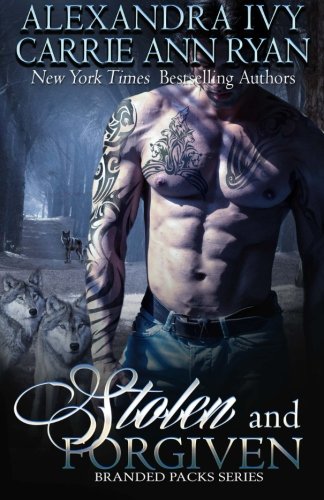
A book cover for Stolen and Forgiven (Branded Packs ) (Volume 1); Alexandra Ivy; Romance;